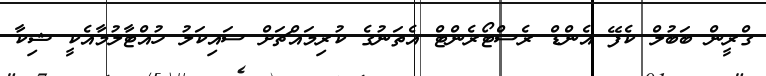
ގްރީން ބަބުލް ކެފޭ އެންޑް ރެސްޓޯރެންޓް އެތަނުގެ ކުރިމައްޗަށް ސައިކަލު ހުއްޓާލުމާއެކީ ޝިކާ